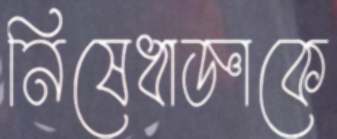
নিষেধাজ্ঞাকে